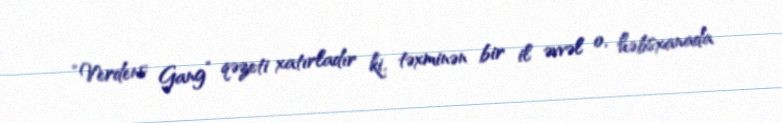
“Verdens Gang” qəzeti xatırladır ki, təxminən bir il əvvəl o, həbsxanada